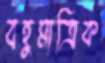
বহুমাত্রিক